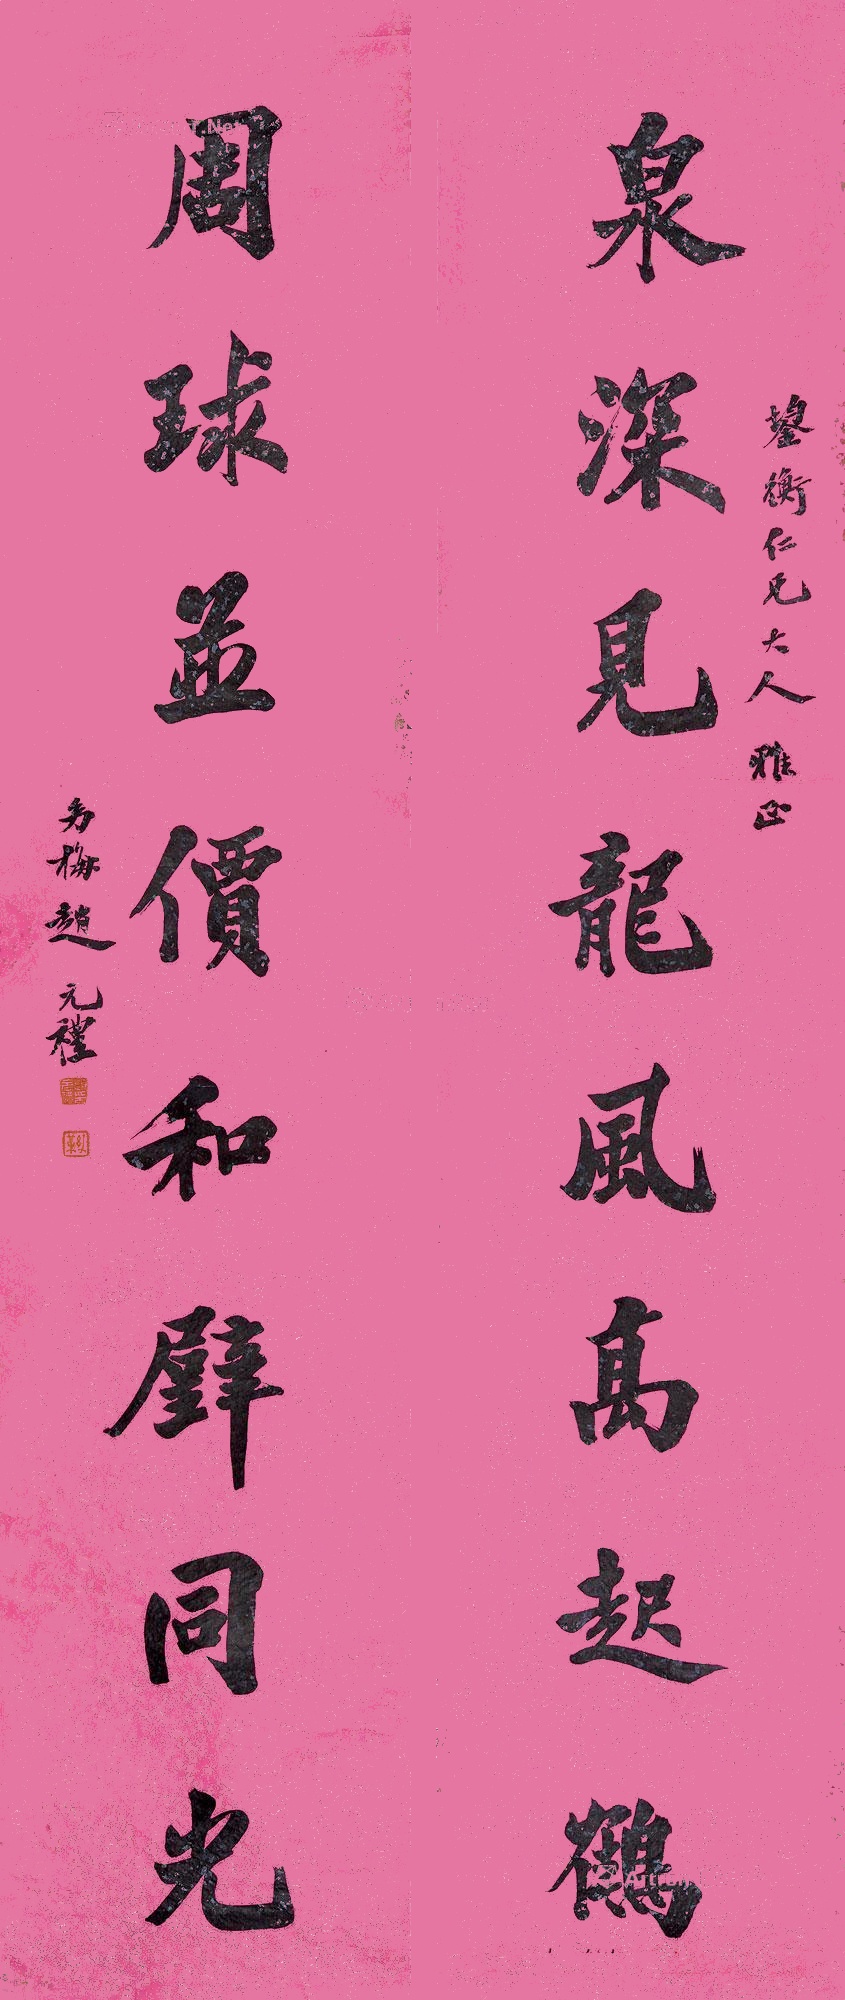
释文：泉深见龙凤高起鹤，周球并价和壁同光。鋆衡人兄大人雅正。幼梅赵元礼。